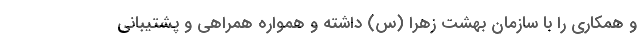
و همکاری را با سازمان بهشت زهرا (س) داشته و همواره همراهی و پشتیبانی